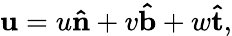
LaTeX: \mathbf{u}=u\mathbf{\hat{n}}+v\mathbf{\hat{b}}+w\mathbf{\hat{t}},